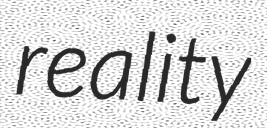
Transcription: reality